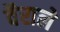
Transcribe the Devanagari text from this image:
वैराले